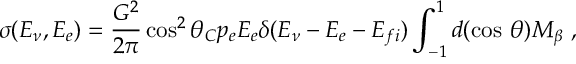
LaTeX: \sigma ( E _ { \nu } , E _ { e } ) = { \frac { G ^ { 2 } } { 2 \pi } } \cos ^ { 2 } \theta _ { C } p _ { e } E _ { e } \delta ( E _ { \nu } - E _ { e } - E _ { f i } ) \int _ { - 1 } ^ { 1 } d ( \cos \, \theta ) M _ { \beta } ~ ,